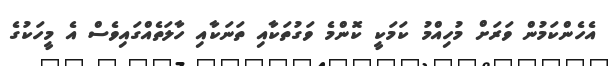
އެހެންކަމުން ވަރަށް މުހިއްމު ކަމަކީ ކޮންމެ ވަގުތަކާއި ތަނަކާއި ހާލަތެއްގައިވެސް އެ މީހަކުގެ